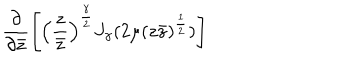
\left. \frac { \partial } { \partial \bar { z } } \left[ \left( \frac { z } { \bar { z } } \right) ^ { \frac { \gamma } { 2 } } J _ { \gamma } ( 2 \mu ( z \bar { z } ) ^ { \frac { 1 } { 2 } } ) \right] \right.